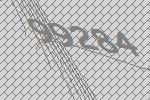
99284